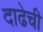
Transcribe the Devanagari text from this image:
दाढेची